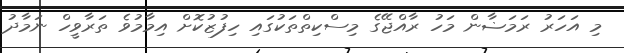
މި އަހަރު ރަމަޟާން މަހު ރާއްޖޭގެ މިސްކިތްތަކުގައި ހިފުޒުކޮށް އިމާމުވެ ތަރާވީހް ނަމާދު